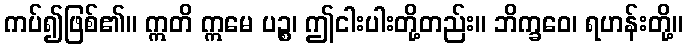
ကပ်၍ဖြစ်၏။ ဣတိ ဣမေ ပဉ္စ၊ ဤငါးပါးတို့တည်း။ ဘိက္ခဝေ၊ ရဟန်းတို့။